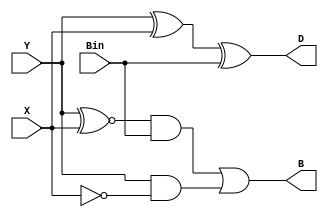
module restC1 (
     input Bin, Y, X, 
     output	D, B,
     );
     
     assign D = (Y ^ X) ^ Bin;
     assign B = (Y ^~ X) & Bin | (Y & ~X);
 endmodule